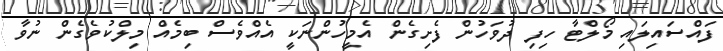
ފައްސައިލައި މޯލްޓާ ހިފި ދުވަހުން ފެށިގެން އެމީހުންނަކީ އެއްވެސް ބިމެއް މިލްކުވެގެން ނުވާ